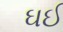
ઘઈ